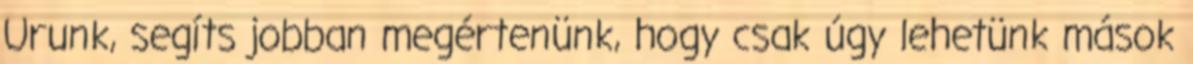
Urunk, segíts jobban megértenünk, hogy csak úgy lehetünk mások